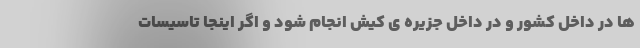
ها در داخل کشور و در داخل جزیره ی کیش انجام شود و اگر اینجا تاسیسات